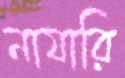
নাযারি